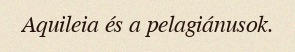
Aquileia és a pelagiánusok.